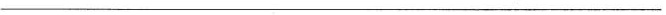
___